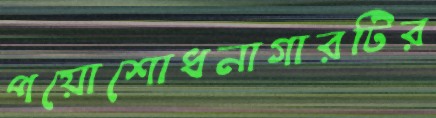
পয়োশোধনাগারটির